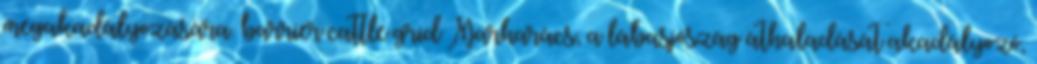
megakadályozására. barrier cattle grid Marharács, a lábasjószág áthaladását akadályozó,